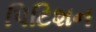
પિટિશન